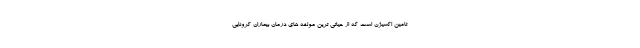
تامین اکسیژن است که از حیاتی ترین مولفه های درمان بیماران کرونایی